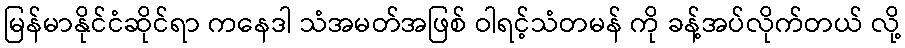
မြန်မာနိုင်ငံဆိုင်ရာ ကနေဒါ သံအမတ်အဖြစ် ဝါရင့်သံတမန် ကို ခန့်အပ်လိုက်တယ် လို့